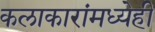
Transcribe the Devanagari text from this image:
कलाकारांमध्येही